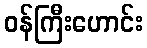
ဝန်ကြီးဟောင်း